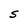
Character: S